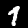
Digit: 1